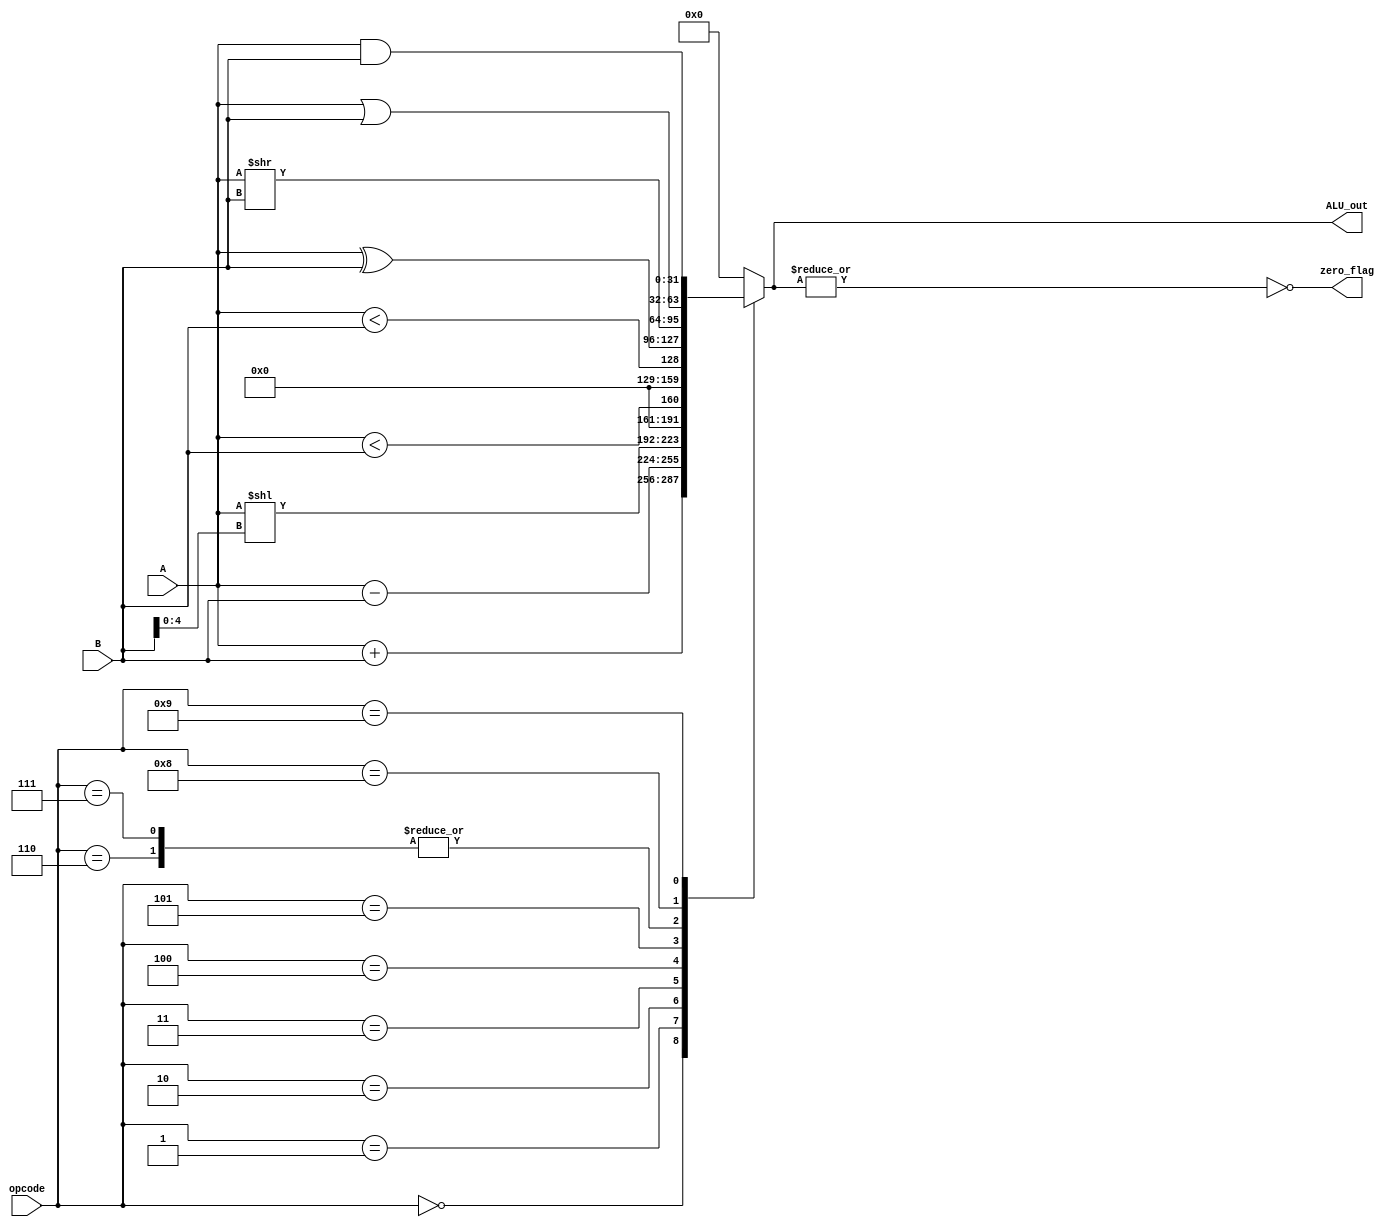
module ALU (
    input signed [31:0] A, B,
    input [3:0] opcode,
    output reg signed  [31:0] ALU_out,
    output zero_flag
);
    localparam ADD  = 0;     localparam SUB = 1;
    localparam SLL  = 2;     localparam SLT = 3;
    localparam SLTU = 4;     localparam XOR = 5;
    localparam SRL  = 6;     localparam SRA = 7;
    localparam OR   = 8;     localparam AND = 9;

    // ALU operations
    always @(*) begin
        case(opcode)
            ADD:    ALU_out = A + B;
            SUB:    ALU_out = A - B;
            SLL:    ALU_out = (A << B[4:0]);
            SLT:    ALU_out = (A < B);
            SLTU:   ALU_out = ($unsigned(A) < $unsigned(B));
            XOR:    ALU_out = A ^ B;
            SRL:    ALU_out = (A >> B);
            SRA:    ALU_out = {A[31], (A >> B)};
            OR:     ALU_out = A | B;
            AND:    ALU_out = A & B;
            default:   ALU_out = 32'd0;
        endcase
    end

    // Flags
    assign zero_flag = ~(|ALU_out);
endmodule